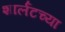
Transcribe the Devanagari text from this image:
शार्लटच्या